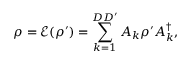
\rho = \mathcal { E } ( \rho ^ { \prime } ) = \sum _ { k = 1 } ^ { D D ^ { \prime } } A _ { k } \rho ^ { \prime } A _ { k } ^ { \dagger } ,